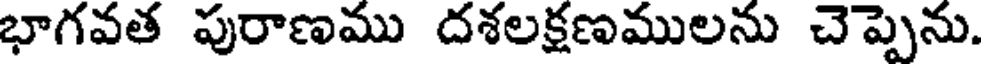
భాగవత పురాణము దశలక్షణములను చెప్పెను.